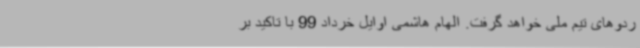
ردوهای تیم ملی خواهد گرفت. الهام هاشمی اوایل خرداد 99 با تاکید بر